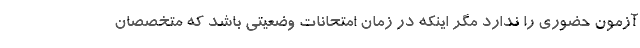
آزمون حضوری را ندارد مگر اینکه در زمان امتحانات وضعیتی باشد که متخصصان